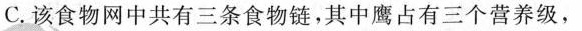
C.该食物网中共有三条食物链，其中鹰占有三个营养级，